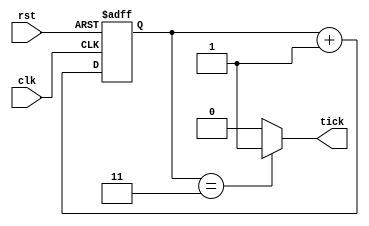
////////////////////////////////////////////////////////////////////////////////
//
// 
// Module Name:     pixel_clock 
// Target Devices:  Mojo V3 (Spartan-6)
//
// Description:     Mod-4 clock divider for the Mojo V3 50 MHz clock to generate
//                  a 12.5 MHz tick to be used for a NTSC pixel clock.
//
// Inputs:          clk     - 50 MHz clock input
//                  rst     - asynchronous reset
//
// Outputs:         tick    - 12.5 MHz pixel clock tick
//
////////////////////////////////////////////////////////////////////////////////

module pixel_clock
    (
    input wire clk,
    input wire rst,
    
    output wire tick
    );
    
    
// SIGNAL DECLARATION //////////////////////////////////////////////////////////
	
    reg [1:0] q_ff;


// MOD-4 DIVIDER ///////////////////////////////////////////////////////////////

    // body
    // registers
    always @(posedge clk, posedge rst)
        if(rst)
            q_ff <= 2'd0;
        else
            q_ff <= q_ff + 2'd1;
    
    
// OUTPUT LOGIC ////////////////////////////////////////////////////////////////

    assign tick = (q_ff == 2'b11) ? 1'b1 : 1'b0;
    
endmodule